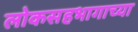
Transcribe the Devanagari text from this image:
लोकसहभागाच्या